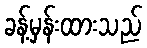
ခန့်မှန်းထားသည်